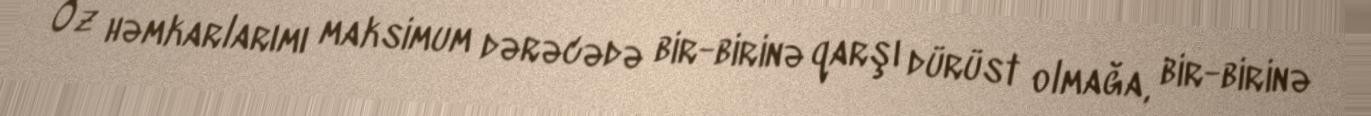
Öz həmkarlarımı maksimum dərəcədə bir-birinə qarşı dürüst olmağa, bir-birinə